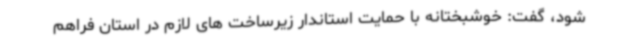
شود، گفت: خوشبختانه با حمایت استاندار زیرساخت های لازم در استان فراهم